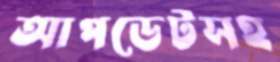
আপডেটসহ